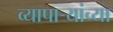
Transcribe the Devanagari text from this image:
व्यापार्‍यांच्या